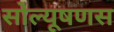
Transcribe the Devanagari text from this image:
सोल्यूषणस